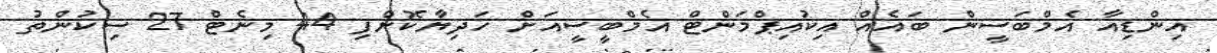
އިންޑިއާ އެމްބަސީން ބައެއް އިކުއިޕްމަންޓް އެމްބީސީއަށް ހަދިޔާކޮށްފި 44 މިނެޓް 27 ސިކުންތު